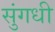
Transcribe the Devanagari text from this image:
सुंगधी